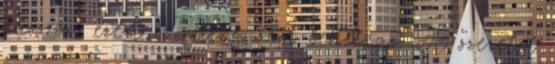
passzív, ezért a miénk sem lehet az. A szeretet